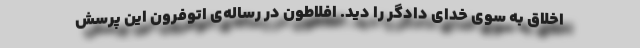
اخلاق به سوی خدای دادگر را دید. افلاطون در رساله‌ی اتوفرون این پرسش